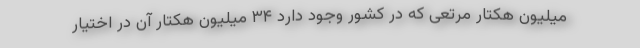
میلیون هکتار مرتعی که در کشور وجود دارد ۳۴ میلیون هکتار آن در اختیار